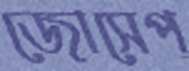
জোসেপ